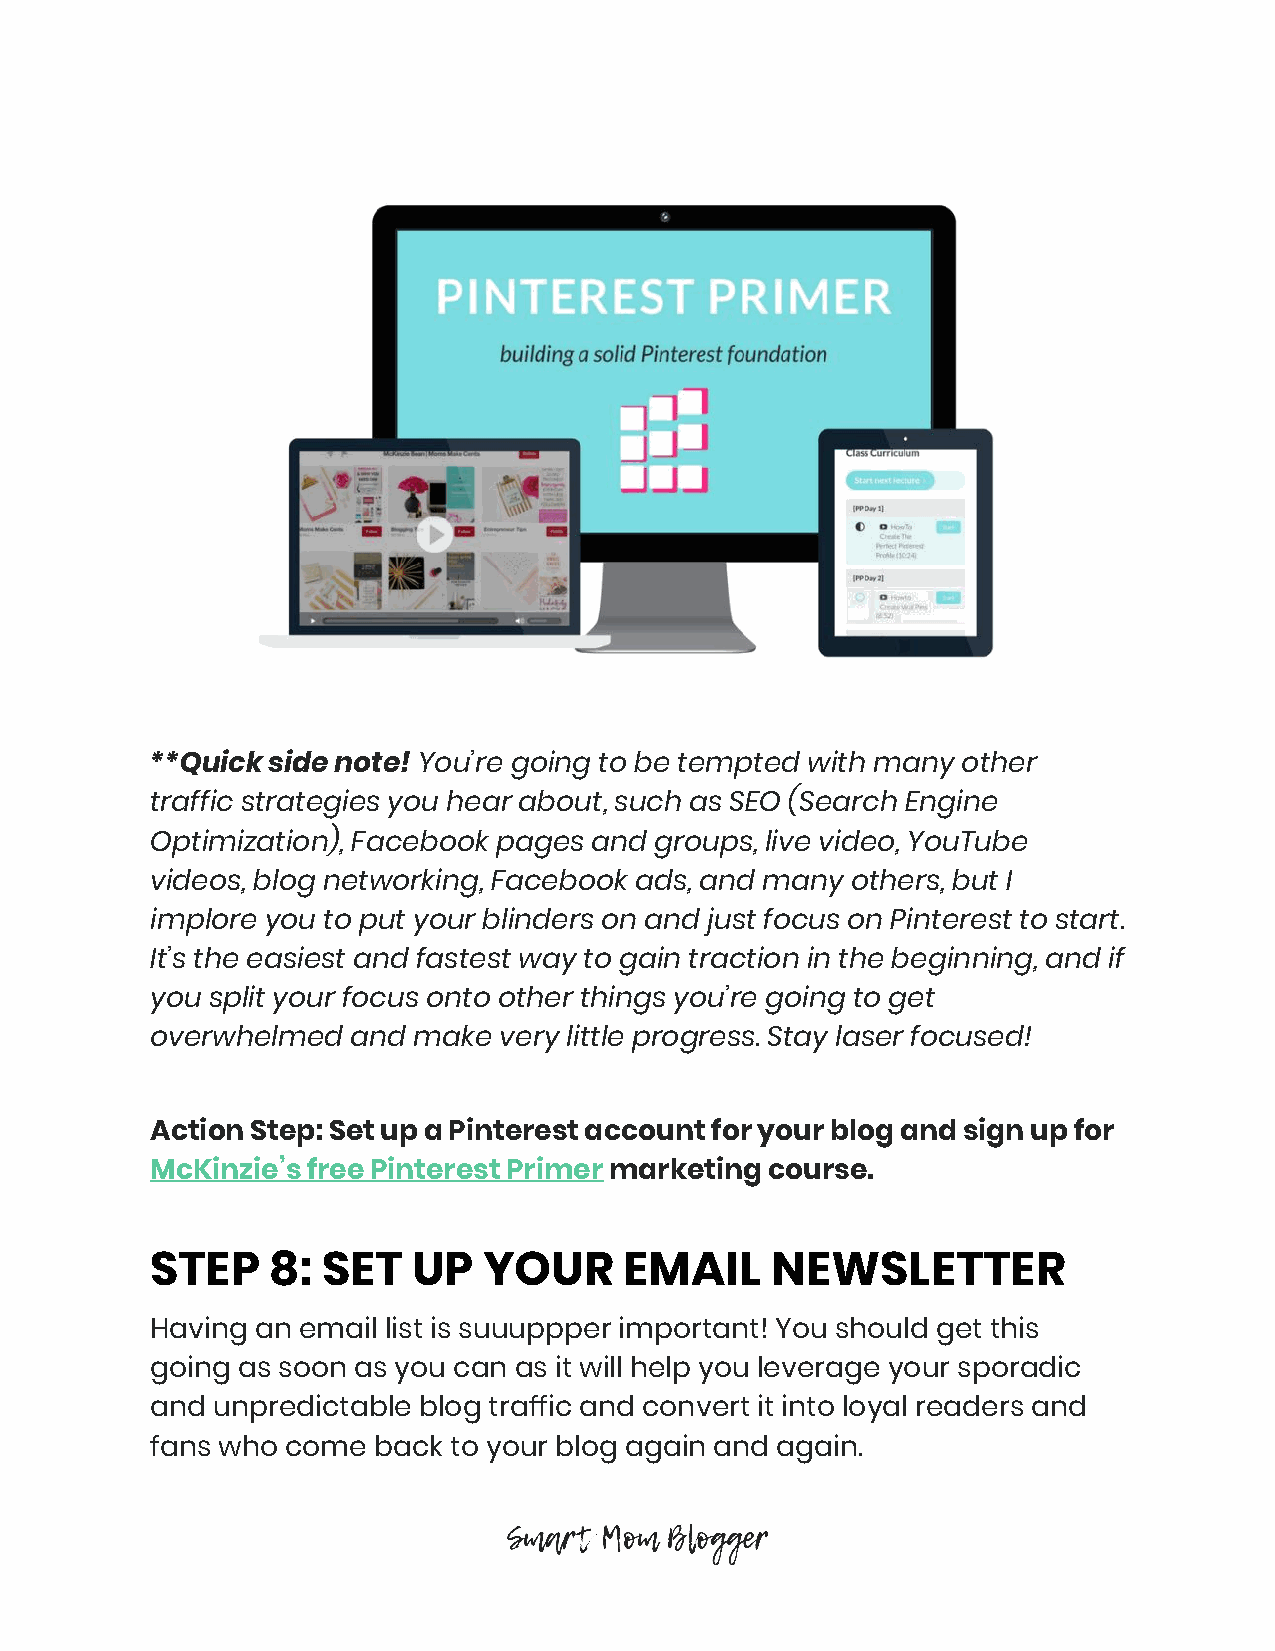
**Quick side note! You’re going to be tempted with many other
 ​
 traffic strategies you hear about, such as SEO (Search Engine
 Optimization), Facebook pages and groups, live video, YouTube
 videos, blog networking, Facebook ads, and many others, but I
 implore you to put your blinders on and just focus on Pinterest to start.
 It’s the easiest and fastest way to gain traction in the beginning, and if
 you split your focus onto other things you’re going to get
 overwhelmed  and make  very little progress. Stay laser focused!
 Action Step: Set up a Pinterest account for your blog and sign up for
 McKinzie’s free Pinterest Primer marketing course.
 ​
 STEP    8: SET   UP   YOUR     EMAIL     NEWSLETTER
 Having an email list is suuuppper important! You should get this
 going as soon as you can as it will help you leverage your sporadic
 and unpredictable blog traffic and convert it into loyal readers and
 fans who come  back to your blog again and again.